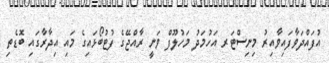
އުފައްދަވާފައިވާއިރު މިނިސްޓަރ އަހުމަދު މަހުލޫފް ވަނީ ރާއްޖޭގެ ފުޓުބޯޅައިގެ މައި އިދާރާގައި ބޮޑެތި